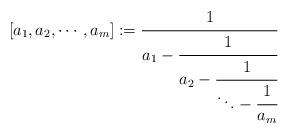
LaTeX: \begin{align*}[a_1,a_2, \cdots ,a_m]:=\cfrac{1}{a_1-\cfrac{1}{a_2-\cfrac{1}{\ddots -\cfrac{1}{a_{m}}}}}\end{align*}